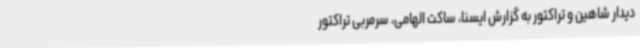
دیدار شاهین و تراکتور به گزارش ایسنا، ساکت الهامی، سرمربی تراکتور